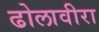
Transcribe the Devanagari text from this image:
ढोलावीरा